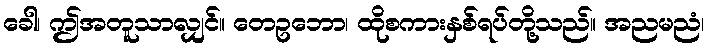
ခေါ၊ ဤအတူသာလျှင်။ တေဥဘော၊ ထိုစကားနှစ်ရပ်တို့သည်။ အညမညံ၊